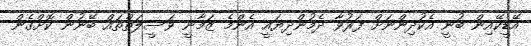
އޭޑީކޭއިން ބުނީ އެކުދިންނަށް ފަރުވާ ދެމުންދިޔައީ އެންމެ ޒަމާނީ ވަސީލަތްތައް ބޭނުން ކޮށްގެން